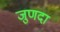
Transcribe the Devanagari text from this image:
जुणदा